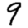
Digit: 9